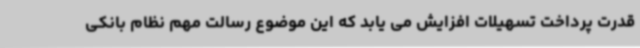
قدرت پرداخت تسهیلات افزایش می یابد که این موضوع رسالت مهم نظام بانکی